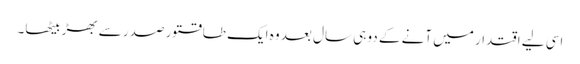
اسی لیے اقتدار میں آنے کے دو ہی سال بعد وہ ایک طاقتور صدر سے بھڑ بیٹھا۔